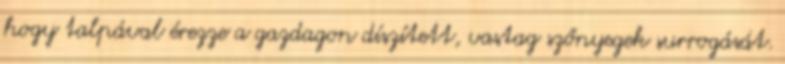
hogy talpával érezze a gazdagon díszített, vastag szőnyegek surrogását.